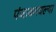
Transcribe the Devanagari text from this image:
पंजाबमधल्या